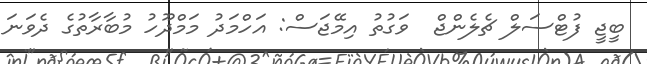
ބީޖީ ފުޓްސަލް ޗެލެންޖް  ވަގުތު އިމޭޖަސް: އަހްމަދު މަމްދޫހު މުބާރާތުގެ ދެވަނަ